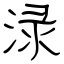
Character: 渌